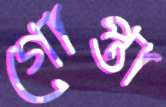
গোপ্তা